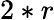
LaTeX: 2*r